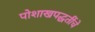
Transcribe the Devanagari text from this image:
पोशाखपद्धतींचे